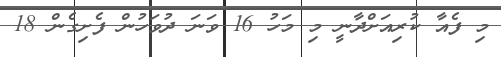
މި ފެއާ ކުރިއަށްދާނީ މި މަހު 16 ވަނަ ދުވަހުން ފެށިގެން 18